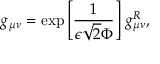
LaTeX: g _ { \mu \nu } = \exp \left[ \frac { 1 } { \epsilon \sqrt { 2 } \Phi } \right] \, g _ { \mu \nu } ^ { R } ,